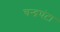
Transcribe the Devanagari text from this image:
चन्द्रघंटा